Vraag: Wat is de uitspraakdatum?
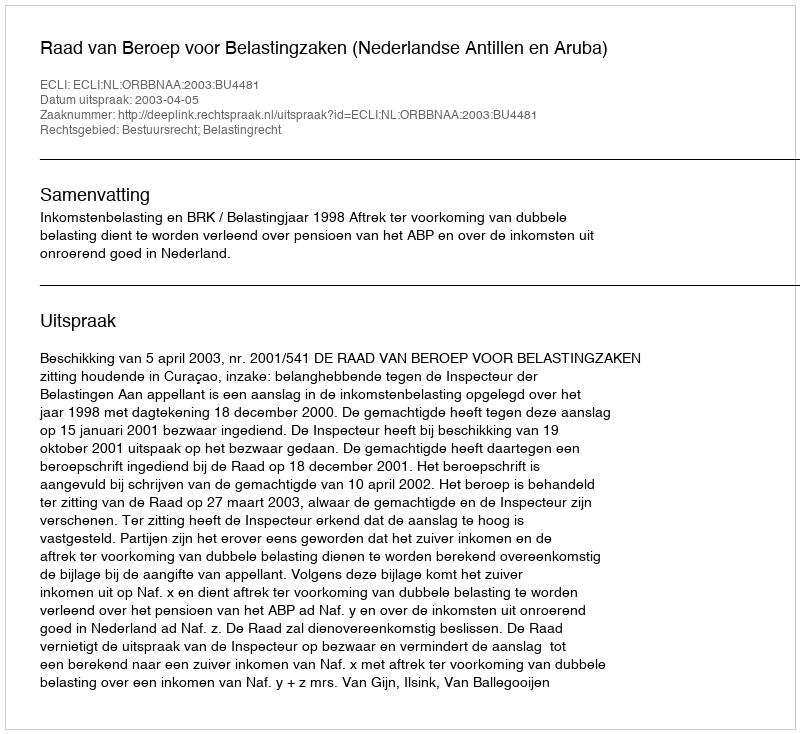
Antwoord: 2003-04-05